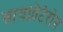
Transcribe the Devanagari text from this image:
सायप्रोटेरोन